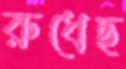
রুধেছ